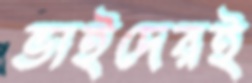
ভাইদেরই